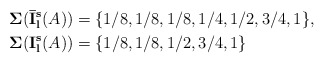
\begin{align*}&{\bf \Sigma}({\bf \bar I_l^s}(A))=\{1/8, 1/8, 1/8, 1/4, 1/2, 3/4,1\}, \\&{\bf \Sigma}({\bf I_l^s}(A))=\{1/8, 1/8, 1/2, 3/4,1\}\end{align*}